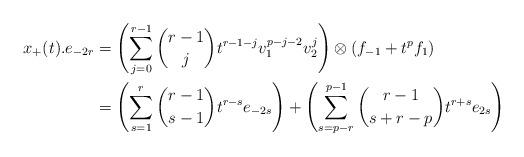
LaTeX: \begin{align*}x_{+}(t).e_{-2r} &= \left(\sum_{j = 0}^{r-1} \binom{r-1}{j}t^{r-1-j}v_{1}^{p-j-2}v_{2}^{j}\right) \otimes \left(f_{-1} + t^{p}f_{1}\right)\\&= \left( \sum_{s = 1}^{r} \binom{r-1}{s-1} t^{r-s}e_{-2s}\right)+ \left( \sum_{s = p-r}^{p-1} \binom{r-1}{s+r-p} t^{r+s} e_{2s} \right)\end{align*}